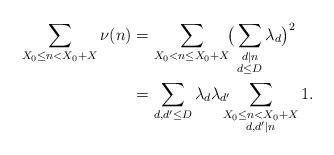
LaTeX: \begin{align*} \sum_{X_0 \leq n < X_0 + X} \nu(n) & = \sum_{X_0 < n \leq X_0 + X}\!\! \big(\sum_{\substack{d | n \\ d \leq D}} \lambda_d\big)^2 \\ & = \sum_{d,d' \leq D} \lambda_d \lambda_{d'}\!\!\!\! \sum_{\substack{X_0 \leq n < X_0 + X\\ d, d' | n}} 1.\end{align*}